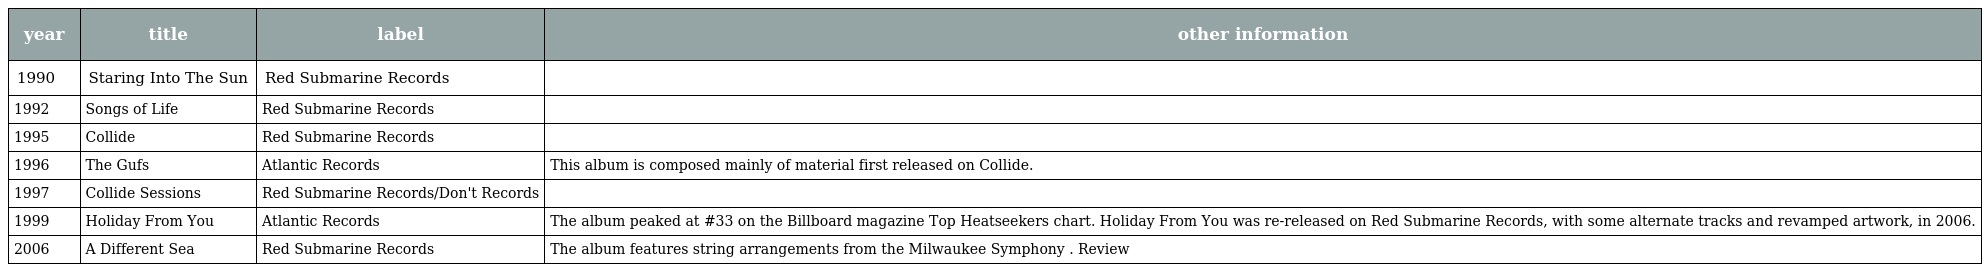
| year | title | label | other information |
 | --- | --- | --- | --- |
 | 1990 | Staring Into The Sun | Red Submarine Records |  |
 | 1992 | Songs of Life | Red Submarine Records |  |
 | 1995 | Collide | Red Submarine Records |  |
 | 1996 | The Gufs | Atlantic Records | This album is composed mainly of material first released on Collide. |
 | 1997 | Collide Sessions | Red Submarine Records/Don't Records |  |
 | 1999 | Holiday From You | Atlantic Records | The album peaked at #33 on the Billboard magazine Top Heatseekers chart. Holiday From You was re-released on Red Submarine Records, with some alternate tracks and revamped artwork, in 2006. |
 | 2006 | A Different Sea | Red Submarine Records | The album features string arrangements from the Milwaukee Symphony . Review |